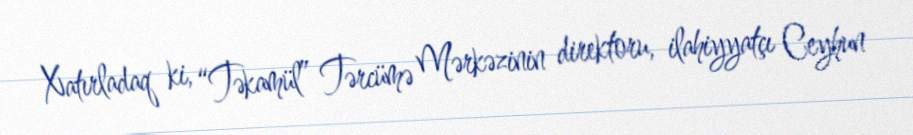
Xatırladaq ki, “Təkamül” Tərcümə Mərkəzinin direktoru, ilahiyyatçı Ceyhun